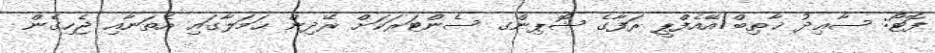
ފޮޓޯ: ސާޢިދު ޚާޠިބް/އޭއެފްޕީ ރަފާގެ ޝޮޕިންގ ސެންޓަރަކަށް ރޭދިން ޙަމަލާގައި އެތަނާއި ޖެހިގެން